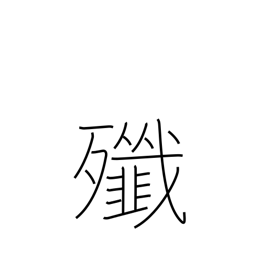
Meaning: massacre